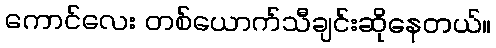
ကောင်လေး တစ်ယောက်သီချင်းဆိုနေတယ်။